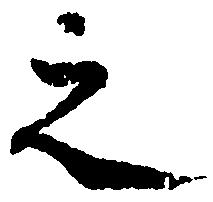
之